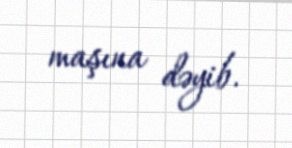
maşına dəyib.